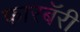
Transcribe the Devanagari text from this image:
फारबॅरी